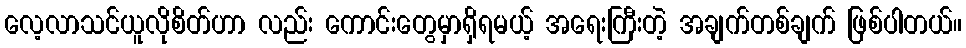
လေ့လာသင်ယူလိုစိတ်ဟာ လည်း ကောင်းတွေမှာရှိရမယ့် အရေးကြီးတဲ့ အချက်တစ်ချက် ဖြစ်ပါတယ်။